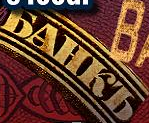
BAHKb